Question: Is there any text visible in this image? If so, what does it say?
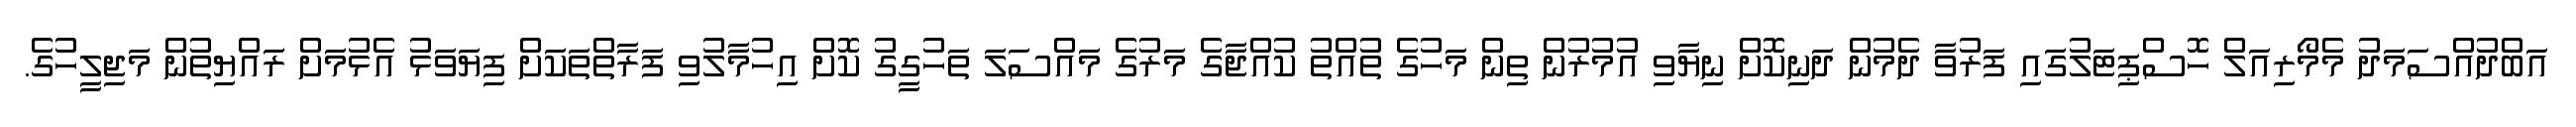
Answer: އަބްދުއްސަމަދު މެމޯރިއަލް ހޮސްޕިޓަލުގައި ފަރުވާ ދެމުން ދަނިކޮށް ނިޔާވި އުމުރުން ތިން މަހުގެ ތުއްތު ކުއްޖާގެ މަރުގެ މައްސަލަ ތަހުގީގު ކޮށް އިހުމާލުވި ފަރާތްތަކަށް ފިޔަވަޅު އެޅުމަށް ރައްޔިތުން މަޖިލީހުގެ.